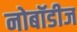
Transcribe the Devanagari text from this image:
नोबॉडीज